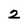
Character: 2